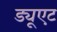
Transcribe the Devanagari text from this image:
ड्यूएट